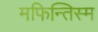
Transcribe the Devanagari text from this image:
मफिन्तिस्म